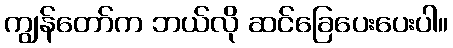
ကျွန်တော်က ဘယ်လို ဆင်ခြေပေးပေးပါ။